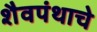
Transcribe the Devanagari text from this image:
शैवपंथाचे